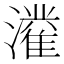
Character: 𱩴